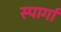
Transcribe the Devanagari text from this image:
स्पार्गा